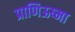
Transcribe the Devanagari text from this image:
प्राणिऊष्मा